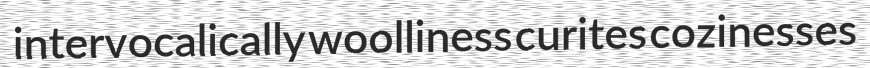
intervocalically woolliness curites cozinesses